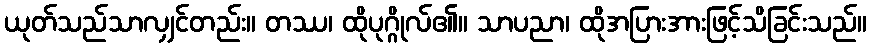
ယုတ်သည်သာလျှင်တည်း။ တဿ၊ ထိုပုဂ္ဂိုလ်၏။ သာပညာ၊ ထိုအပြားအားဖြင့်သိခြင်းသည်။